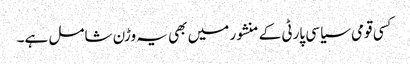
کسی قومی سیاسی پارٹی کے منشور میں بھی یہ وڑن شامل ہے۔